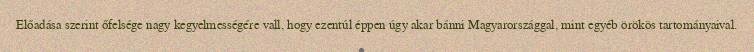
Előadása szerint őfelsége nagy kegyelmességére vall, hogy ezentúl éppen úgy akar bánni Magyarországgal, mint egyéb örökös tartományaival.